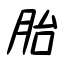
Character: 胎